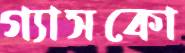
গ্যাসকো